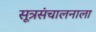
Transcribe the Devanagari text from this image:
सूत्रसंचालनाला